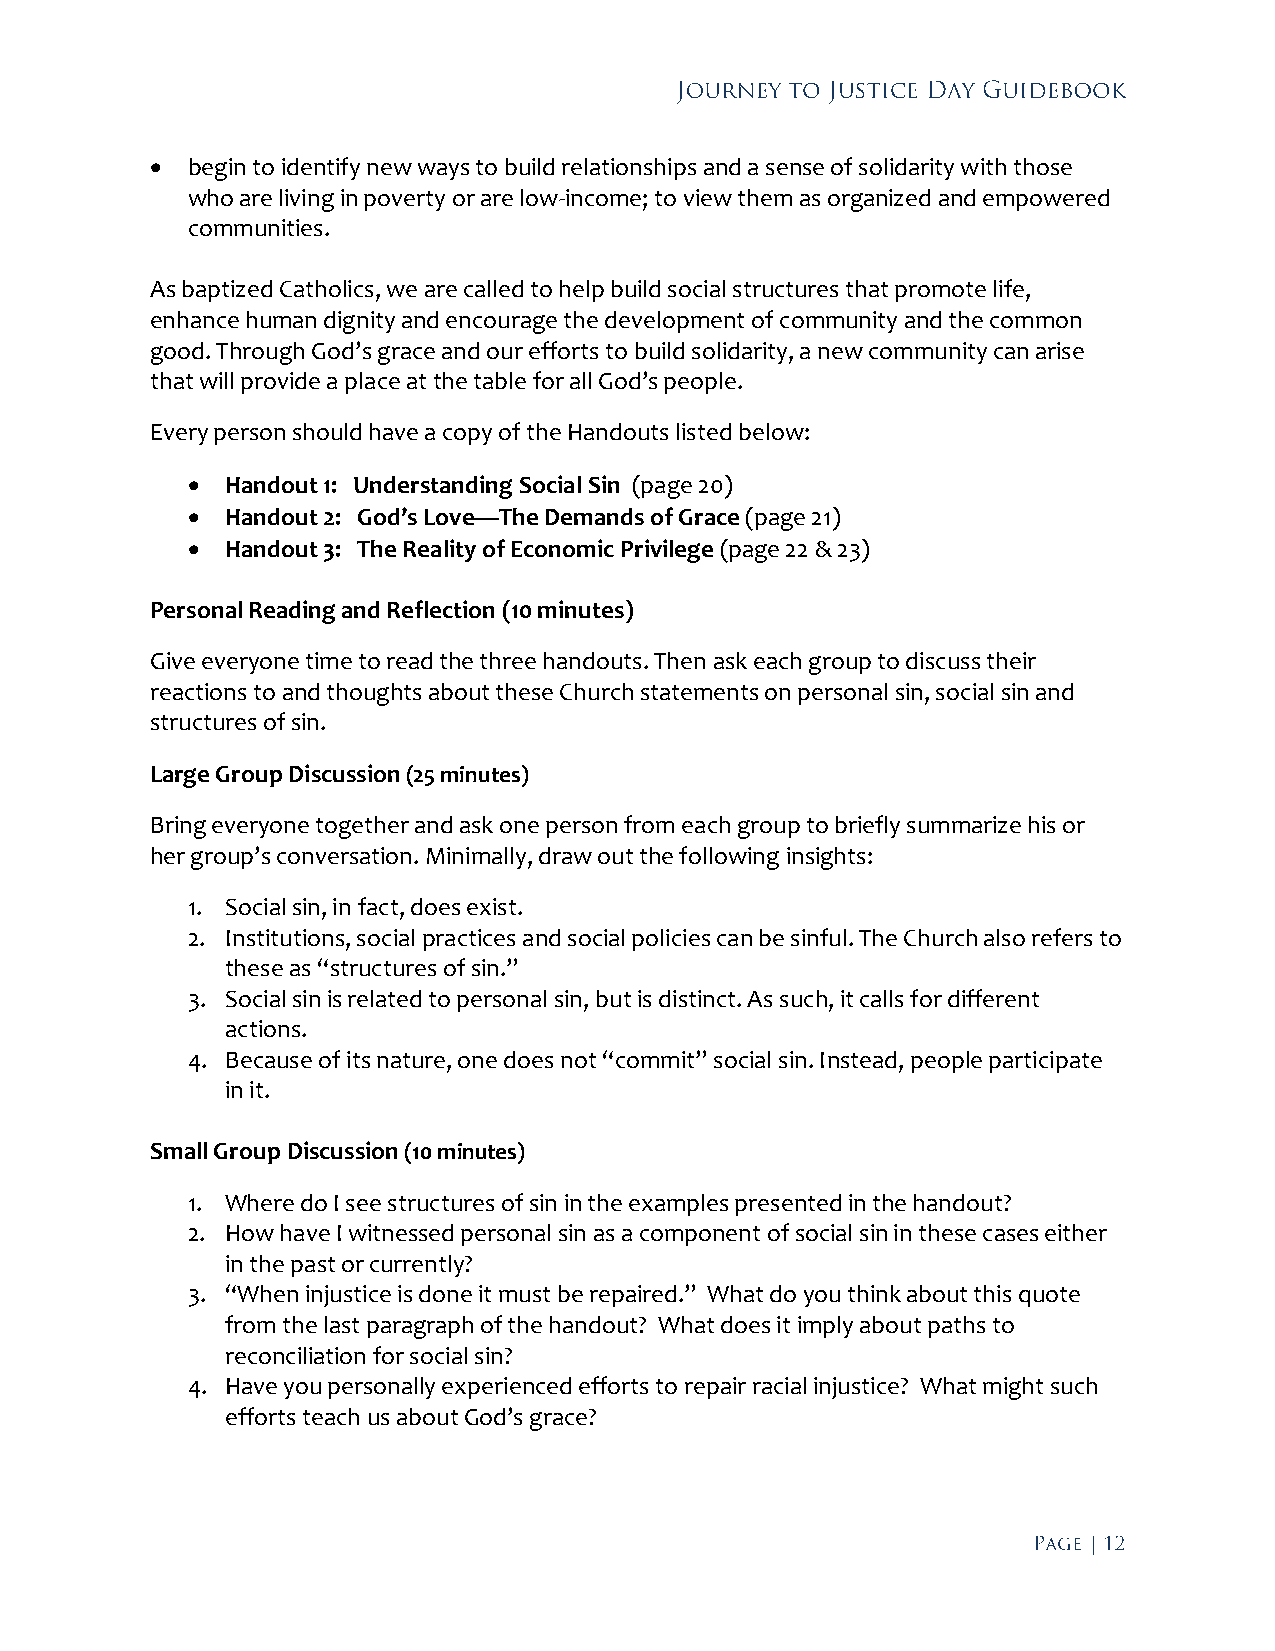
 begin to identify new ways to build relationships and a sense of solidarity with those
 who are living in poverty or are low-income; to view them as organized and empowered
 communities.
 As baptized Catholics, we are called to help build social structures that promote life,
 enhance human dignity and encourage the development of community and the common
 good. Through God’s grace and our efforts to build solidarity, a new community can arise
 that will provide a place at the table for all God’s people.
 Every person should have a copy of the Handouts listed below:
   Handout 1: Understanding Social Sin (page 20)
   Handout 2: God’s Love—The Demands of Grace (page 21)
   Handout 3: The Reality of Economic Privilege (page 22 & 23)
 Personal Reading and Reflection (10 minutes)
 Give everyone time to read the three handouts. Then ask each group to discuss their
 reactions to and thoughts about these Church statements on personal sin, social sin and
 structures of sin.
 Large Group Discussion (25 minutes)
 Bring everyone together and ask one person from each group to briefly summarize his or
 her group’s conversation. Minimally, draw out the following insights:
 1. Social sin, in fact, does exist.
 2. Institutions, social practices and social policies can be sinful. The Church also refers to
 these as “structures of sin.”
 3. Social sin is related to personal sin, but is distinct. As such, it calls for different
 actions.
 4. Because of its nature, one does not “commit” social sin. Instead, people participate
 in it.
 Small Group Discussion (10 minutes)
 1. Where do I see structures of sin in the examples presented in the handout?
 2. How have I witnessed personal sin as a component of social sin in these cases either
 in the past or currently?
 3. “When injustice is done it must be repaired.” What do you think about this quote
 from the last paragraph of the handout? What does it imply about paths to
 reconciliation for social sin?
 4. Have you personally experienced efforts to repair racial injustice? What might such
 efforts teach us about God’s grace?